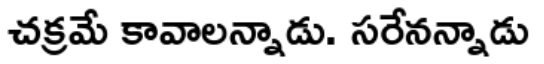
చక్రమే కావాలన్నాడు. సరేనన్నాడు